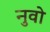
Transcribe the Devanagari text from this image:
नुवो